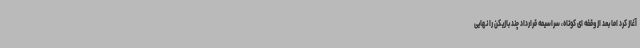
آغاز کرد اما بعد از وقفه ای کوتاه، سراسیمه قرارداد چند بازیکن را نهایی